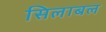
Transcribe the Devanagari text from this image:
सिलाबल